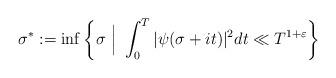
LaTeX: \begin{align*} \sigma^{\ast}:=\inf\left\{\sigma \ \Big| \ \int_0^T |\psi(\sigma+it)|^2dt \ll T^{1+\varepsilon} \right\}\end{align*}